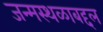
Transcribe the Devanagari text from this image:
जन्मस्थळाबद्दल